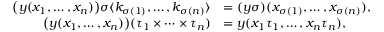
\begin{array} { r l } { \bigl ( y ( x _ { 1 } , \ldots , x _ { n } ) \bigr ) \sigma \langle k _ { \sigma ( 1 ) } , \ldots , k _ { \sigma ( n ) } \rangle } & { = ( y \sigma ) ( x _ { \sigma ( 1 ) } , \ldots , x _ { \sigma ( n ) } ) , } \\ { \bigl ( y ( x _ { 1 } , \ldots , x _ { n } ) \bigr ) ( \tau _ { 1 } \times \cdots \times \tau _ { n } ) } & { = y ( x _ { 1 } \tau _ { 1 } , \ldots , x _ { n } \tau _ { n } ) , } \end{array}